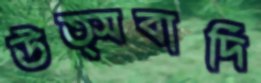
উত্সবাদি